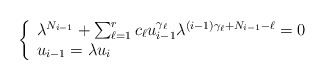
\begin{align*}\left\{\begin{array}{l}\lambda^{N_{i-1}}+\sum_{\ell=1}^{r} c_\ell u_{i-1}^{\gamma_\ell}\lambda^{(i-1)\gamma_\ell+N_{i-1}-\ell}=0 \\u_{i-1}=\lambda u_{i}\end{array}\right.\end{align*}